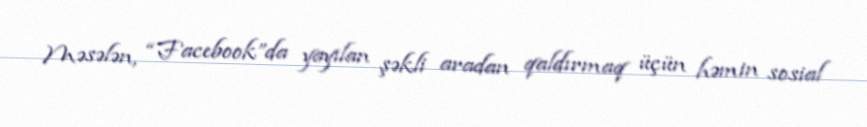
Məsələn, “Facebook”da yayılan şəkli aradan qaldırmaq üçün həmin sosial